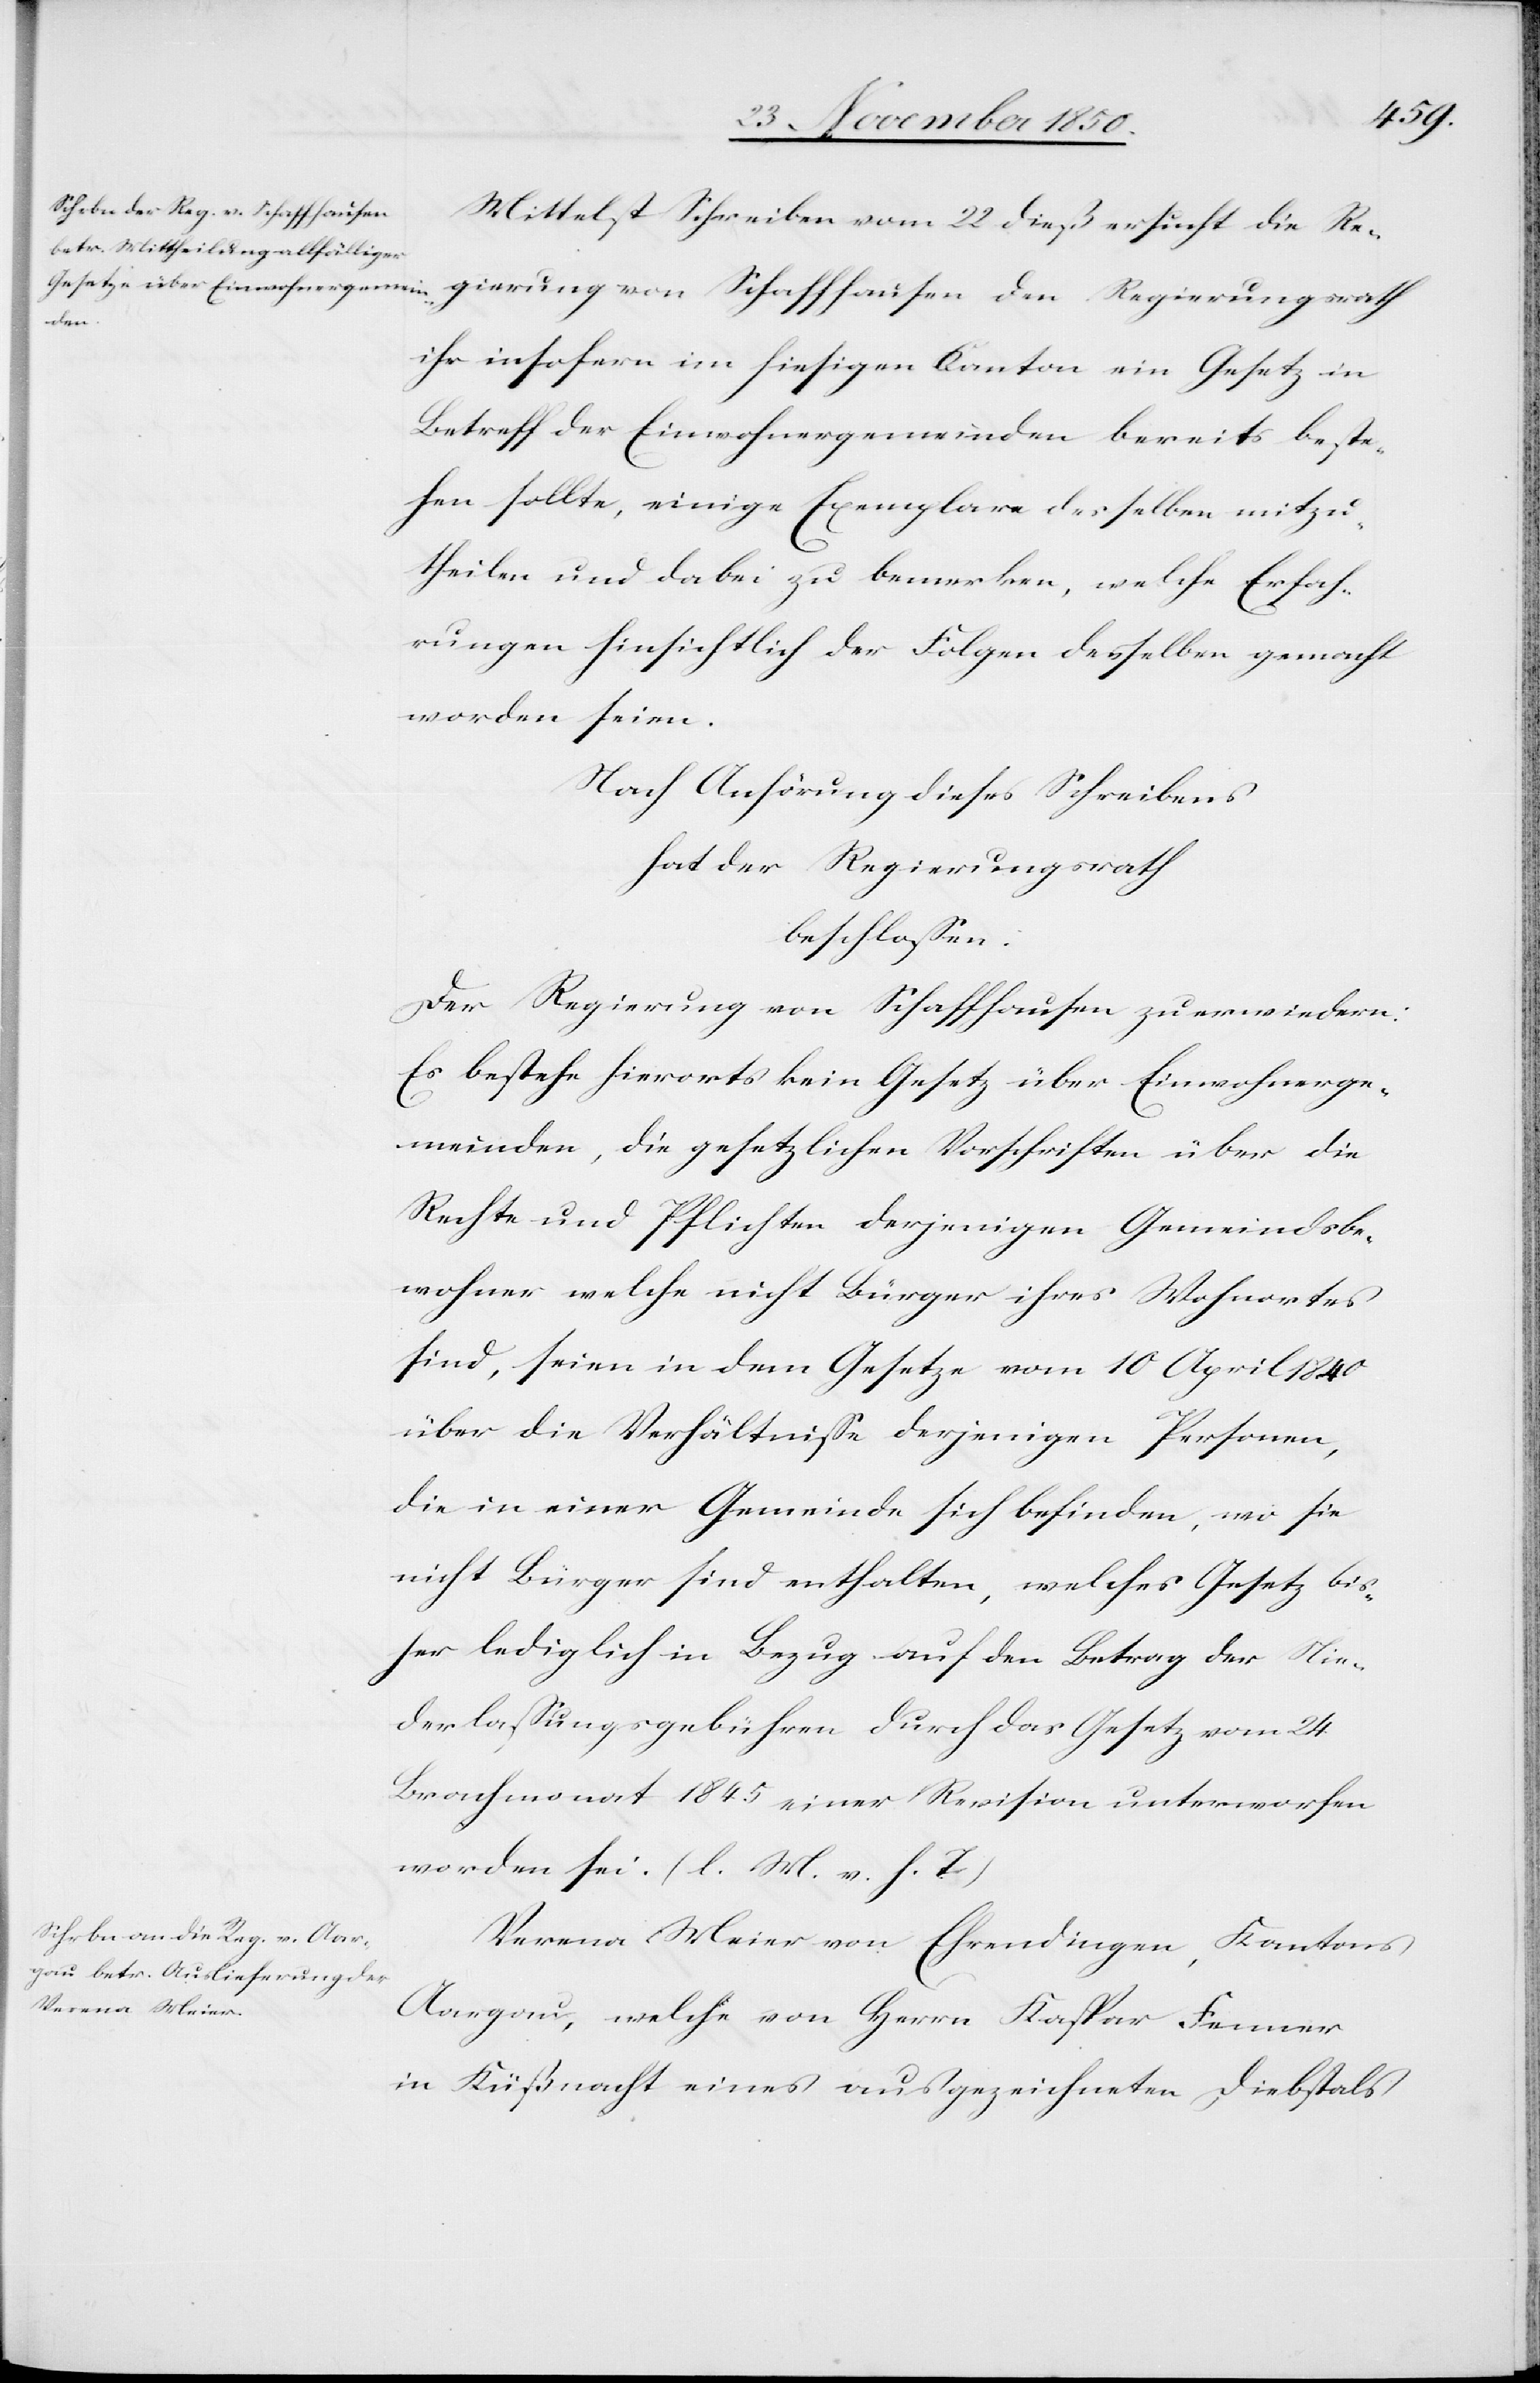
Mittelst Schreiben vom 22 dieß ersucht die Re¬
fhau¬
ihr insofern im hiesigen Kanton ein Gesetz in
Betreff der Einwohnergemeinden bereits beste¬
hen sollte, einige Exemplare desselben mitzu¬
theilen und dabei zu bemerken, welche Erfah¬
rungen hinsichtlich der Folgen desselben gemacht
worden seien.
Nach Anhörung dieses Schreibens
hat der Regierungsrath
beschlossen:
Der Regierung von Schaffhausen zu erwiedern:
Es bestehe hierorts kein Gesetz über Einwohnerge¬
meinden, die gesetzlichen Vorschriften über die
Rechte und Pflichten derjenigen Gemeindsbe¬
wohner welche nicht Bürger ihres Wohnortes
sind, seien in dem Gesetze vom 10 April 1840
über die Verhältnisse derjenigen Personen,
die in einer Gemeinde sich befinden, wo sie
nicht Bürger sind enthalten, welches Gesetz bis¬
her lediglich in Bezug auf den Betrag der Nie¬
derlassungsgebühren durch das Gesetz vom 24
Brachmonat 1845 einer Revision unterworfen
worden sei. (l. M. v. h. T)
Verena Meier von Ehrendingen, Kantons
Aargau, welche von Herrn Kaspar Fenner
in Küßnacht eines ausgezeichneten Diebstals